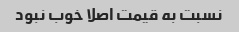
نسبت به قیمت اصلا خوب نبود